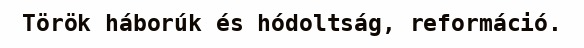
Török háborúk és hódoltság, reformáció.